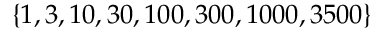
\{ 1 , 3 , 1 0 , 3 0 , 1 0 0 , 3 0 0 , 1 0 0 0 , 3 5 0 0 \}